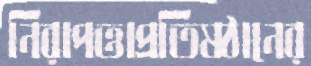
নিরাপত্তাপ্রতিষ্ঠানের